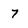
Character: 7